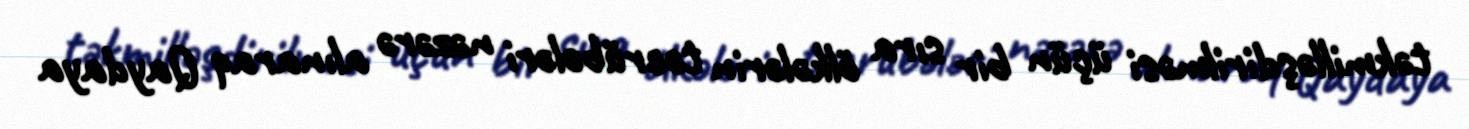
təkmilləşdirilməsi üçün bir sıra ölkələrin təcrübələri nəzərə alınaraq Qaydaya